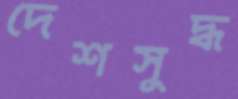
দেশসুদ্ধ